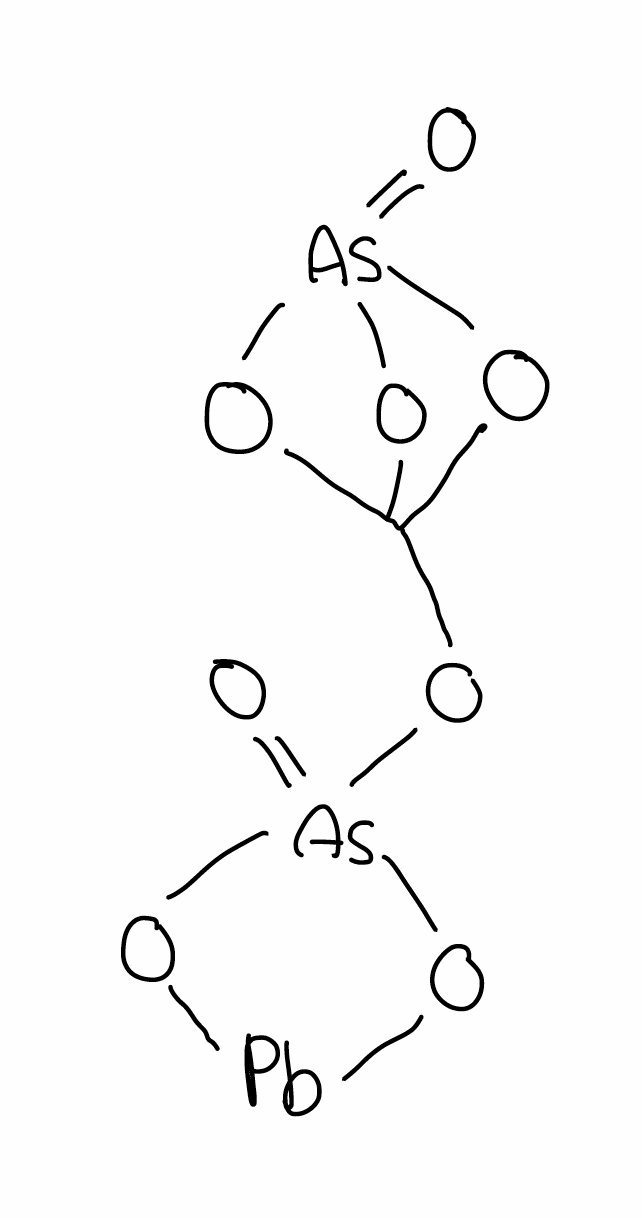
Simplified molecular-input line-entry system (SMILES) notation of the given molecule:
C12(O[As](=O)(O1)O2)O[As]3(=O)O[Pb]O3